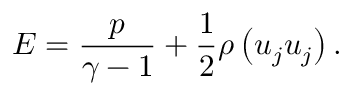
E = \frac { p } { \gamma - 1 } + \frac { 1 } { 2 } \rho \left( u _ { j } u _ { j } \right) .